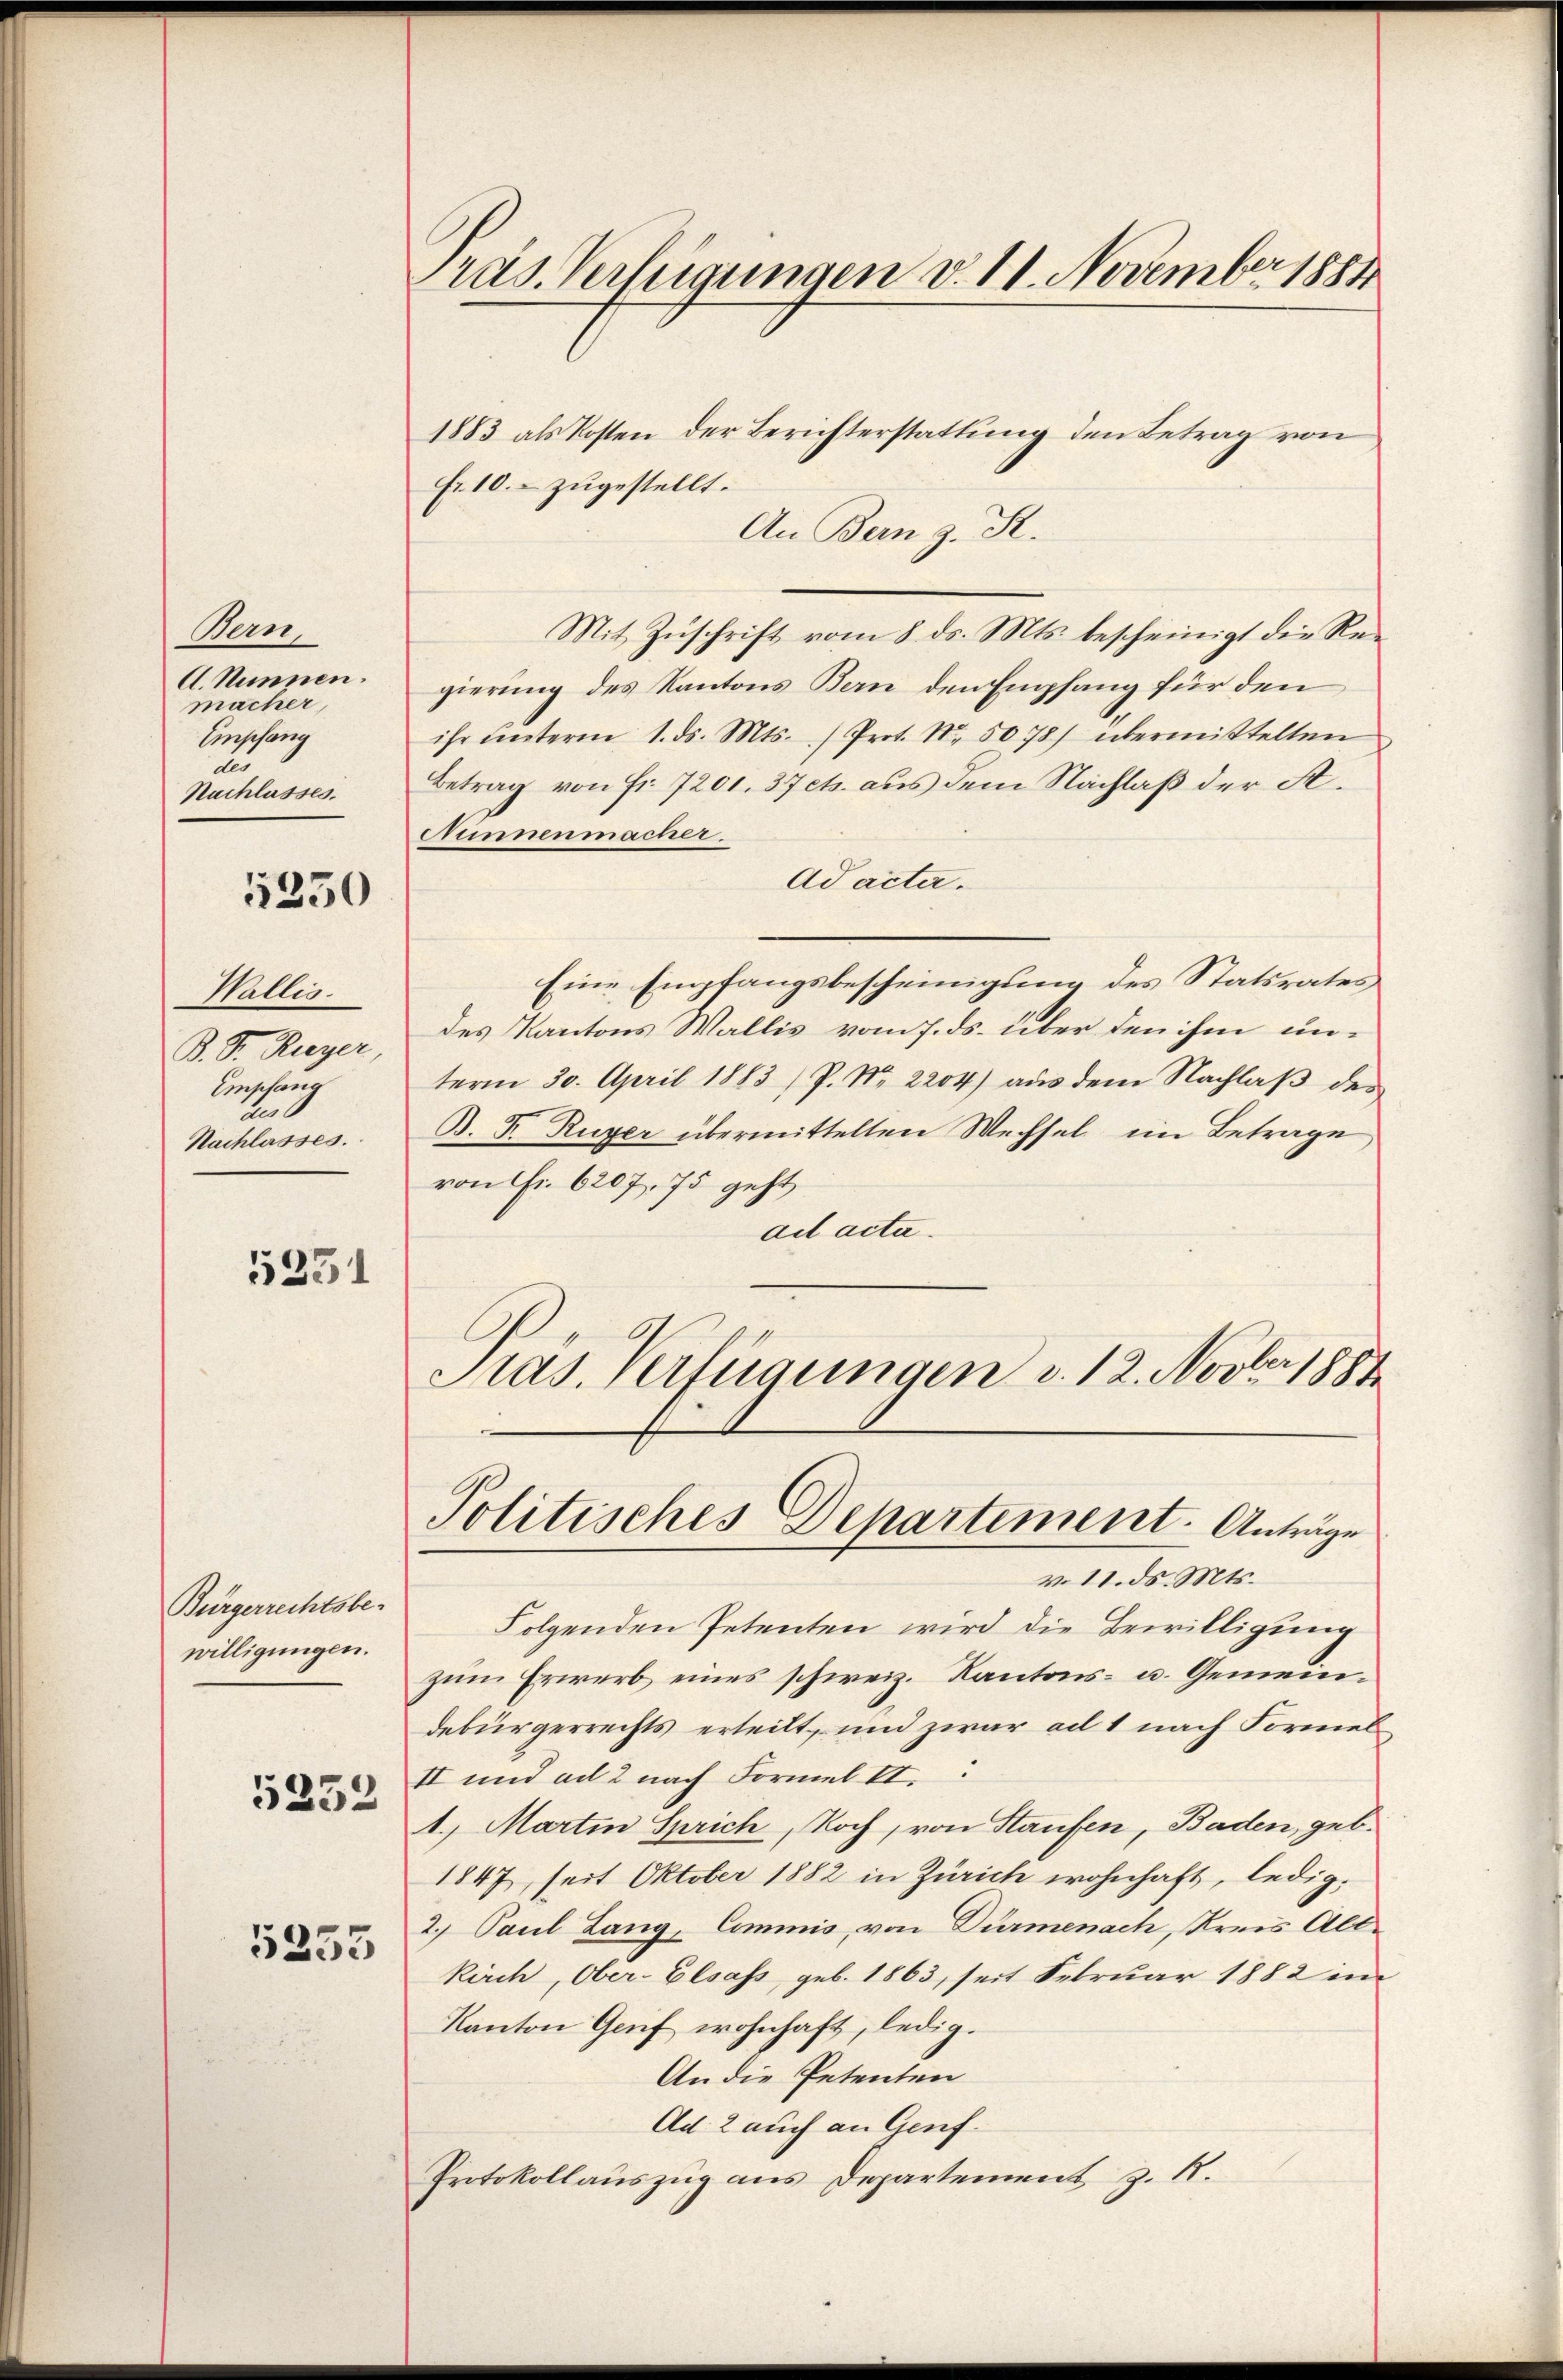
Bern,
A. Nunnen.
macher,
Empfang
du
Nachlasses.

1250

Wallis.
B. S. Rieger,
Empfang
u
Nachlasses.

5231

Bürgerrechtsbe-
willigungen.
5232

5253

ras. Verfügungen v. 11. November 1884

1883 als Kosten der Berichterstattung den Betrag von
Ei 10. zugestellt.
An Bern z. St.
Mit Zuschrift vom 8. ds. Mts. bescheinigt die Regierung des Kantons Bern den Empfang für den
ihr ŭnterm 1. ds. Mts. ) Prot. Nr. 5078) übermittelten
Betrag von Fr. 7201. 37 cts. aus dem Nachlaß der A.
Gunnenmacher.
Ad acta.
Eine Empfangsbescheinigung des Statsrates
des Kantons Wallis vom 7. ds. über den ihm unterm 30. April 1883) P. Nr. 2204) aus dem Nachlaß des
B. J. Ruger übermittelten Wechsel im Betrage
von Fr. 6207, 75 geht
ad acta.
Pras. Verfügungen v. 12. Novber 1887

v. 11. ds. Mts.
Folgenden Petenten wird die Bewilligung
zum Erwerb eines schweiz. Kantons- u. Gemeindebürgerrechts erteilt, und zwar ad 1 nach Formel
II und ad 2 nach Formel II.
1. Martin Sprich, Koch, von Haufen, Baden, geb.
1847, seit Oktober 1882 in Zürich wohnhaft, ledig¬
2. Paul Lang, Commis, von Dürmenach, Kreis Allkirch, Ober-Elsass, geb. 1863, seit Februar 1882 im
Kanton Gruf wohnhaft, ledig.
An die Petenten
Ad 2 auch an Genf
Protokollauszug aus Departement z. B.

Politisches Departement. Anträge